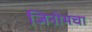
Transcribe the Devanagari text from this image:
जिनोमचा